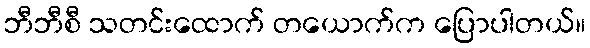
ဘီဘီစီ သတင်းထောက် တယောက်က ပြောပါတယ်။